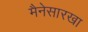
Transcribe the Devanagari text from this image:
मैनेसारखा